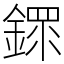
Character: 䤽